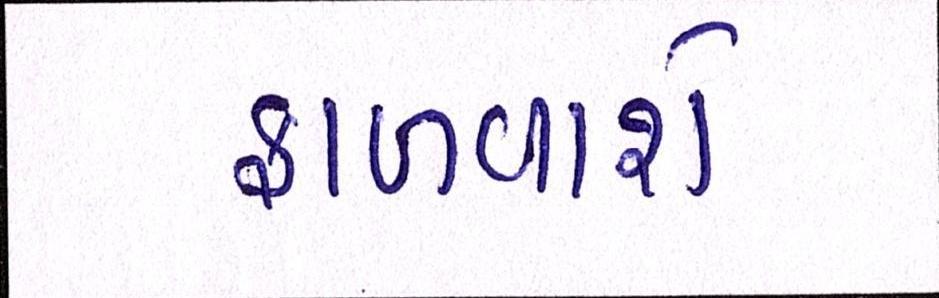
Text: ફાળવાશે